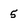
Character: 5